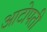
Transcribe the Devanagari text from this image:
आटोपती